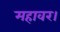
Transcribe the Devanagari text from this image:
महावर।